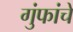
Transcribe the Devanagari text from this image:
गुंफांचे